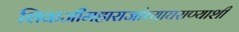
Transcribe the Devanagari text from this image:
शिवाजीमहाराजांच्याघराण्याशी